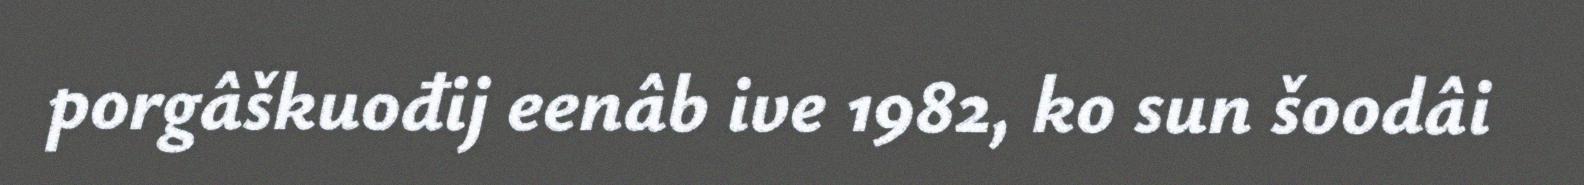
porgâškuođij eenâb ive 1982, ko sun šoodâi